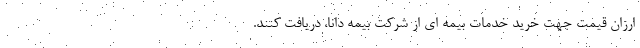
ارزان قیمت جهت خرید خدمات بیمه ای از شرکت بیمه دانا، دریافت کنند.